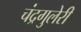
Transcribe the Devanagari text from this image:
चंद्रगुलेरी